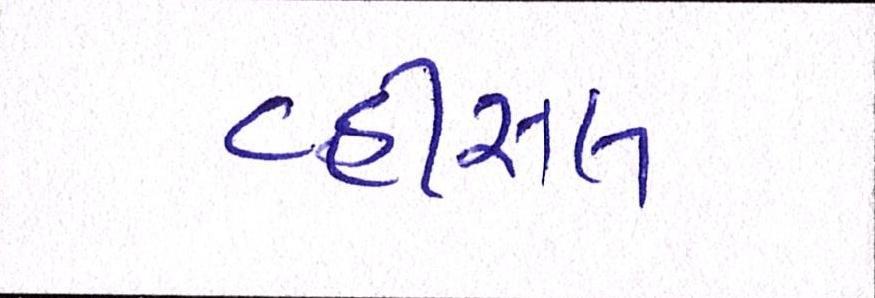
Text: વ્હીસલ